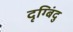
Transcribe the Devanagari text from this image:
दृग्बिंदु